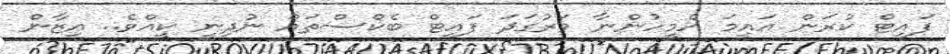
ފައިޓް ކުރަން އައީމަ އެމީހުންނާ ވަރުގަދަ ފައިޓް ބެކްސްތައް ނުދިނީ ކީއްވެ.. އިޒާން